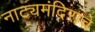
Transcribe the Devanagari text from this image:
नाट्यमंदिराचे